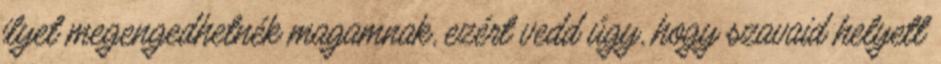
ilyet megengedhetnék magamnak, ezért vedd úgy, hogy szavaid helyett